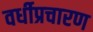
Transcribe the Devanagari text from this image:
वर्धीप्रचारण